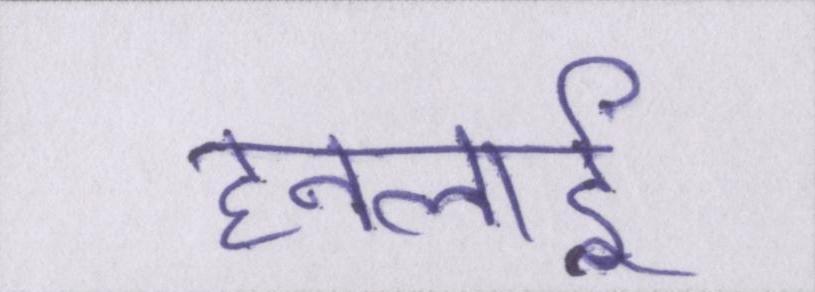
हनलाई